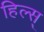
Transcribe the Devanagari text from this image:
हिल्स्